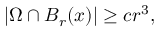
\begin{array} { r } { | \Omega \cap B _ { r } ( x ) | \ge c r ^ { 3 } , } \end{array}